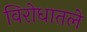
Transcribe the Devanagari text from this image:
विरोधातले